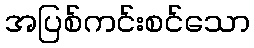
အပြစ်ကင်းစင်သော